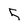
Character: 5